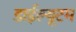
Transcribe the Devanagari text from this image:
डाईल्यूटम